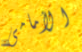
الأمامى